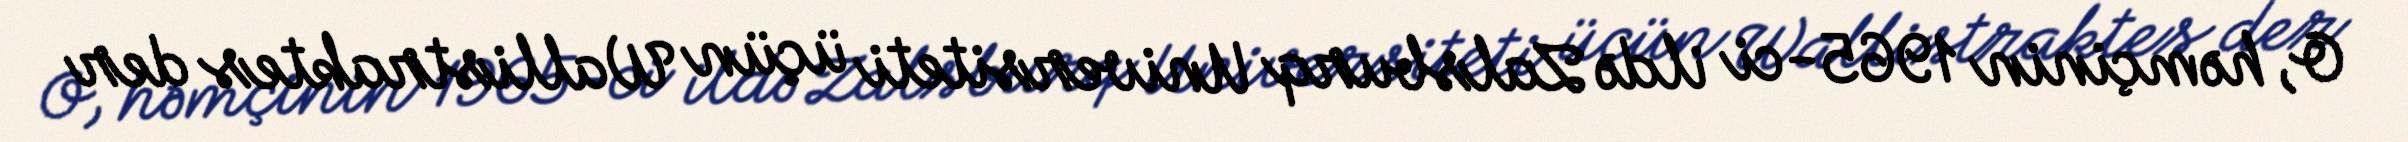
O, həmçinin 1965-ci ildə Zalsburq Universiteti üçün Wallistraktes der